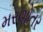
મરણોતર